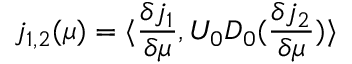
j _ { 1 , 2 } ( \mu ) = \langle \frac { \delta j _ { 1 } } { \delta \mu } , U _ { 0 } D _ { 0 } ( \frac { \delta j _ { 2 } } { \delta \mu } ) \rangle